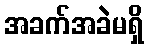
အခက်အခဲမရှိ